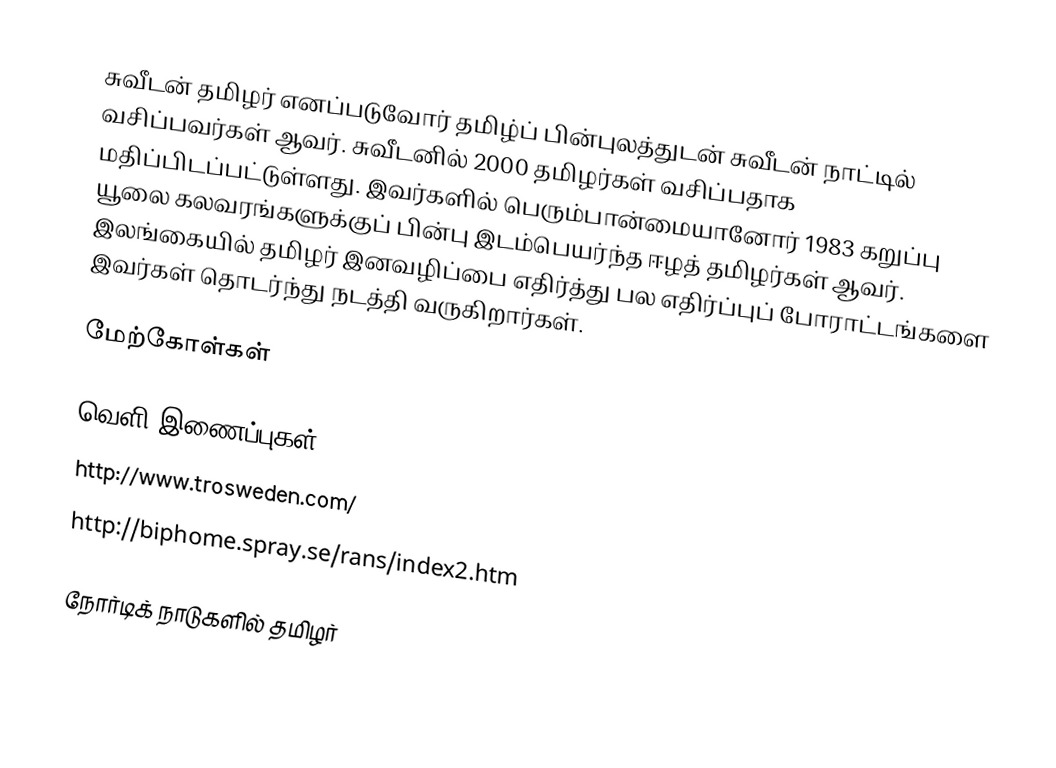
சுவீடன் தமிழர் எனப்படுவோர் தமிழ்ப் பின்புலத்துடன் சுவீடன் நாட்டில் வசிப்பவர்கள் ஆவர்.  சுவீடனில் 2000 தமிழர்கள் வசிப்பதாக மதிப்பிடப்பட்டுள்ளது.  இவர்களில் பெரும்பான்மையானோர் 1983 கறுப்பு யூலை கலவரங்களுக்குப் பின்பு இடம்பெயர்ந்த ஈழத் தமிழர்கள் ஆவர்.  இலங்கையில் தமிழர் இனவழிப்பை எதிர்த்து பல எதிர்ப்புப் போராட்டங்களை இவர்கள் தொடர்ந்து நடத்தி வருகிறார்கள்.

மேற்கோள்கள்

வெளி இணைப்புகள்
 http://www.trosweden.com/
 http://biphome.spray.se/rans/index2.htm

நோர்டிக் நாடுகளில் தமிழர்